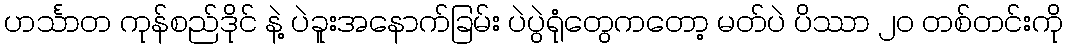
ဟင်္သာတ ကုန်စည်ဒိုင် နဲ့ ပဲခူးအနောက်ခြမ်း ပဲပွဲရုံတွေကတော့ မတ်ပဲ ပိဿာ ၂၀ တစ်တင်းကို